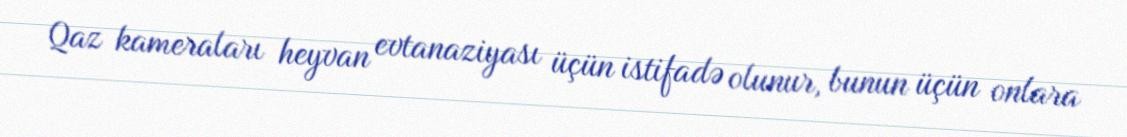
Qaz kameraları heyvan evtanaziyası üçün istifadə olunur, bunun üçün onlara